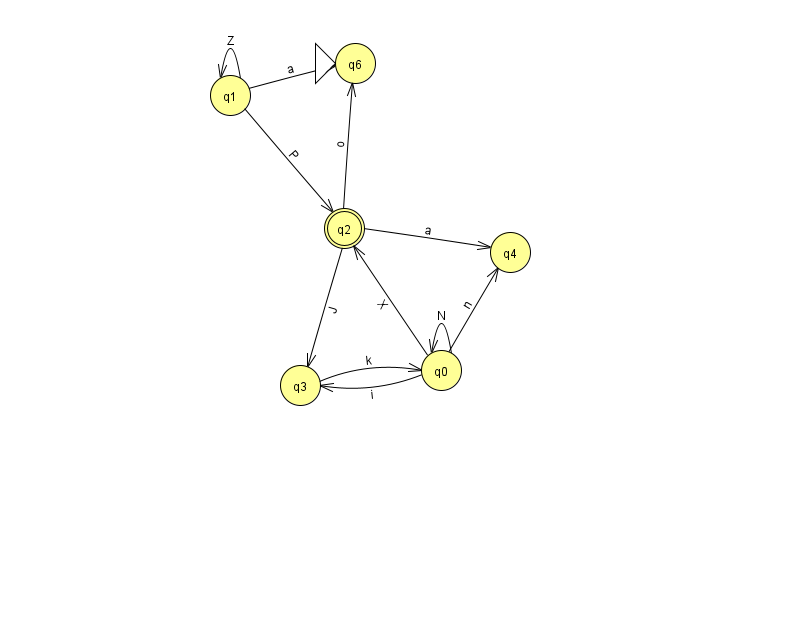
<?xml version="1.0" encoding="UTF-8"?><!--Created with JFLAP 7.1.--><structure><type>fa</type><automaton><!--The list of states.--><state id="0" name="q0"><x>441.0</x><y>357.0</y></state><state id="1" name="q1"><x>230.0</x><y>82.0</y></state><state id="2" name="q2"><x>344.0</x><y>215.0</y><final/></state><state id="3" name="q3"><x>300.0</x><y>372.0</y></state><state id="4" name="q4"><x>510.0</x><y>239.0</y></state><state id="6" name="q6"><x>355.0</x><y>50.0</y><initial/></state><!--The list of transitions.--><transition><from>2</from><to>4</to><read>a</read></transition><transition><from>2</from><to>6</to><read>o</read></transition><transition><from>0</from><to>3</to><read>i</read></transition><transition><from>3</from><to>0</to><read>k</read></transition><transition><from>1</from><to>2</to><read>P</read></transition><transition><from>2</from><to>3</to><read>J</read></transition><transition><from>0</from><to>4</to><read>n</read></transition><transition><from>1</from><to>1</to><read>Z</read></transition><transition><from>1</from><to>6</to><read>a</read></transition><transition><from>0</from><to>0</to><read>N</read></transition><transition><from>0</from><to>2</to><read>X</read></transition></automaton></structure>